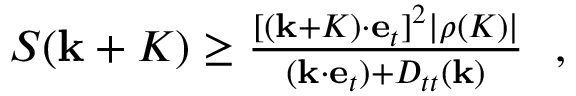
\begin{array} { r } { S ( { \bf k } + { \cal K } ) \ge \frac { [ ( { \bf k } + { \cal K } ) \cdot { \bf e } _ { t } ] ^ { 2 } | \rho ( { \cal K } ) | } { ( { \bf k } \cdot { \bf e } _ { t } ) + D _ { t t } ( { \bf k } ) } ~ ~ , } \end{array}